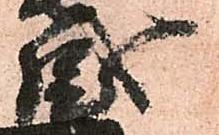
盛